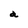
Character: a